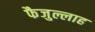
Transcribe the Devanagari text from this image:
फैजुल्लाह